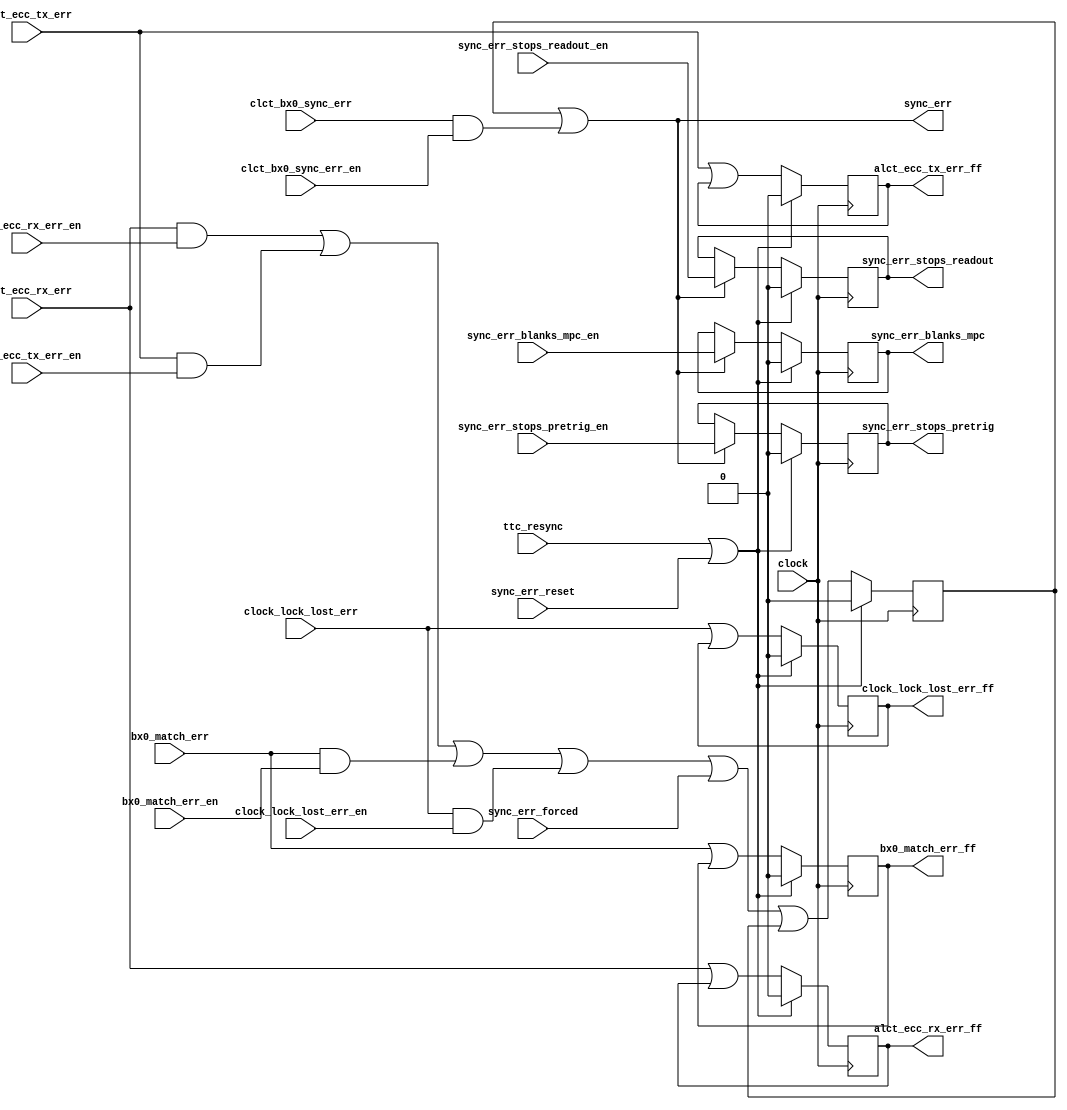
`timescale 1ns / 1ps
//----------------------------------------------------------------------------------------------------------------
// Synchronization Error Control
//
//  09/14/2009  Initial
//  04/28/2010  Add forced sync error for system test
//  05/12/2010  Add clock_lock_lost error type
//  05/12/2010  Separate clct_bx0 sync error because it clears long after ttc_resync
//  08/17/2010  Port to ISE 12
//----------------------------------------------------------------------------------------------------------------

  module sync_err_ctrl
  (
// Clock
  clock,
  ttc_resync,
  sync_err_reset,

// Sync error sources
  clct_bx0_sync_err,
  alct_ecc_rx_err,
  alct_ecc_tx_err,
  bx0_match_err,
  clock_lock_lost_err,

// Sync error source enables
  clct_bx0_sync_err_en,
  alct_ecc_rx_err_en,
  alct_ecc_tx_err_en,
  bx0_match_err_en,
  clock_lock_lost_err_en,

// Sync error action enables
  sync_err_blanks_mpc_en,
  sync_err_stops_pretrig_en,
  sync_err_stops_readout_en,
  sync_err_forced,

// Sync error types latched
  sync_err,
  alct_ecc_rx_err_ff,
  alct_ecc_tx_err_ff,
  bx0_match_err_ff,
  clock_lock_lost_err_ff,

// Sync error actions
  sync_err_blanks_mpc,
  sync_err_stops_pretrig,
  sync_err_stops_readout
  );
//----------------------------------------------------------------------------------------------------------------
// Ports
//----------------------------------------------------------------------------------------------------------------
// Clock
  input  clock;            // Main 40MHz clock
  input  ttc_resync;          // TTC resync command
  input  sync_err_reset;        // VME sync error reset

// Sync error sources
  input  clct_bx0_sync_err;      // TMB  clock pulse count err bxn!=0+offset at ttc_bx0 arrival
  input  alct_ecc_rx_err;      // ALCT uncorrected ECC error in data ALCT received from TMB
  input  alct_ecc_tx_err;      // ALCT uncorrected ECC error in data ALCT transmitted to TMB
  input  bx0_match_err;        // ALCT alct_bx0 != clct_bx0
  input  clock_lock_lost_err;    // 40MHz main clock lost lock

// Sync error source enables
  input  clct_bx0_sync_err_en;    // TMB  clock pulse count err bxn!=0+offset at ttc_bx0 arrival
  input  alct_ecc_rx_err_en;      // ALCT uncorrected ECC error in data ALCT received from TMB
  input  alct_ecc_tx_err_en;      // ALCT uncorrected ECC error in data ALCT transmitted to TMB
  input  bx0_match_err_en;      // ALCT alct_bx0 != clct_bx0
  input  clock_lock_lost_err_en;    // 40MHz main clock lost lock

// Sync error action enables
  input  sync_err_blanks_mpc_en;    // Sync error blanks LCTs to MPC
  input  sync_err_stops_pretrig_en;  // Sync error stops CLCT pre-triggers
  input  sync_err_stops_readout_en;  // Sync error stops L1A readouts
  input  sync_err_forced;      // Force sync_err=1

// Sync error types latched for VME readout
  output  sync_err;          // Sync error OR of enabled types of error
  output  alct_ecc_rx_err_ff;      // ALCT uncorrected ECC error in data ALCT received from TMB
  output  alct_ecc_tx_err_ff;      // ALCT uncorrected ECC error in data ALCT transmitted to TMB
  output  bx0_match_err_ff;      // ALCT alct_bx0 != clct_bx0
  output  clock_lock_lost_err_ff;    // 40MHz main clock lost lock FF
  
// Sync error actions
  output  sync_err_blanks_mpc;    // Sync error blanks LCTs to MPC
  output  sync_err_stops_pretrig;    // Sync error stops CLCT pre-triggers
  output  sync_err_stops_readout;    // Sync error stops L1A readouts

// Latch sync error sources ON until reset
  reg alct_ecc_rx_err_ff     = 0;
  reg alct_ecc_tx_err_ff     = 0;
  reg bx0_match_err_ff       = 0;
  reg clock_lock_lost_err_ff = 0;

  wire sync_clr = ttc_resync || sync_err_reset;

  always @(posedge clock) begin
  if (sync_clr) begin
  alct_ecc_rx_err_ff     <= 0;
  alct_ecc_tx_err_ff     <= 0;
  bx0_match_err_ff       <= 0;
  clock_lock_lost_err_ff <= 0;
  end
  else begin
  alct_ecc_rx_err_ff     <= alct_ecc_rx_err     || alct_ecc_rx_err_ff;
  alct_ecc_tx_err_ff     <= alct_ecc_tx_err     || alct_ecc_tx_err_ff;
  bx0_match_err_ff       <= bx0_match_err      || bx0_match_err_ff;
  clock_lock_lost_err_ff <= clock_lock_lost_err || clock_lock_lost_err_ff;
  end
  end

// Sync error flipflop
  reg sync_err_ff = 0;
  
  wire sync_set = 
  (alct_ecc_rx_err     && alct_ecc_rx_err_en)    ||  // ALCT uncorrected ECC error in data ALCT received from TMB
  (alct_ecc_tx_err     && alct_ecc_tx_err_en)    ||  // ALCT uncorrected ECC error in data ALCT transmitted to TMB
  (bx0_match_err       && bx0_match_err_en  )    ||  // ALCT alct_bx0 != clct_bx0
  (clock_lock_lost_err && clock_lock_lost_err_en)  ||  // 40MHz main clock lost lock FF
  sync_err_forced;                  // Force sync_err=1

  always @(posedge clock) begin
  if (sync_clr) sync_err_ff <= 0;
  else          sync_err_ff <= sync_set || sync_err_ff;
  end

  assign sync_err = sync_err_ff || (clct_bx0_sync_err && clct_bx0_sync_err_en);

// Assert sync error actions
  reg sync_err_blanks_mpc    = 0;
  reg sync_err_stops_pretrig = 0;
  reg sync_err_stops_readout = 0;

  always @(posedge clock) begin
  if (sync_clr) begin
  sync_err_blanks_mpc    <= 0;
  sync_err_stops_pretrig <= 0;
  sync_err_stops_readout <= 0;
  end
  else if (sync_err) begin
  sync_err_blanks_mpc    <= sync_err_blanks_mpc_en;
  sync_err_stops_pretrig <= sync_err_stops_pretrig_en;
  sync_err_stops_readout <= sync_err_stops_readout_en;
  end
  end

//----------------------------------------------------------------------------------------------------------------
  endmodule
//----------------------------------------------------------------------------------------------------------------